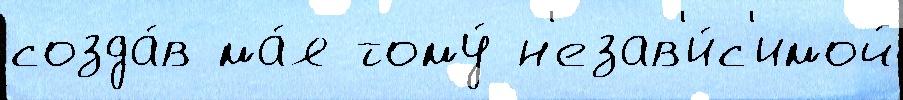
созда́в ма́я тому́ н'езав'и́с'имой